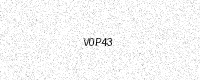
Text: V0P43